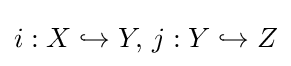
i:X\hookrightarrow Y,\,j:Y\hookrightarrow Z